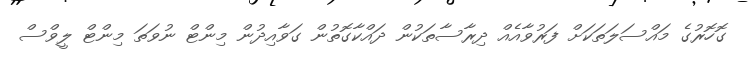
ގޮހޮރުގެ މައްސަލަތަކަށް ފަރުވާއެއް ދިރާސާތަކުން ދައްކާގޮތުން ގަވާއިދުން މިންޓް ނުވަތަ މިންޓް ލީވްސް